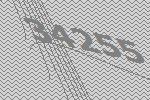
34255